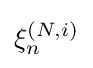
\xi _{n}^{(N,i)}